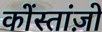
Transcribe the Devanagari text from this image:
कोंस्तांज़ो